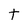
Character: t